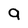
Character: 9